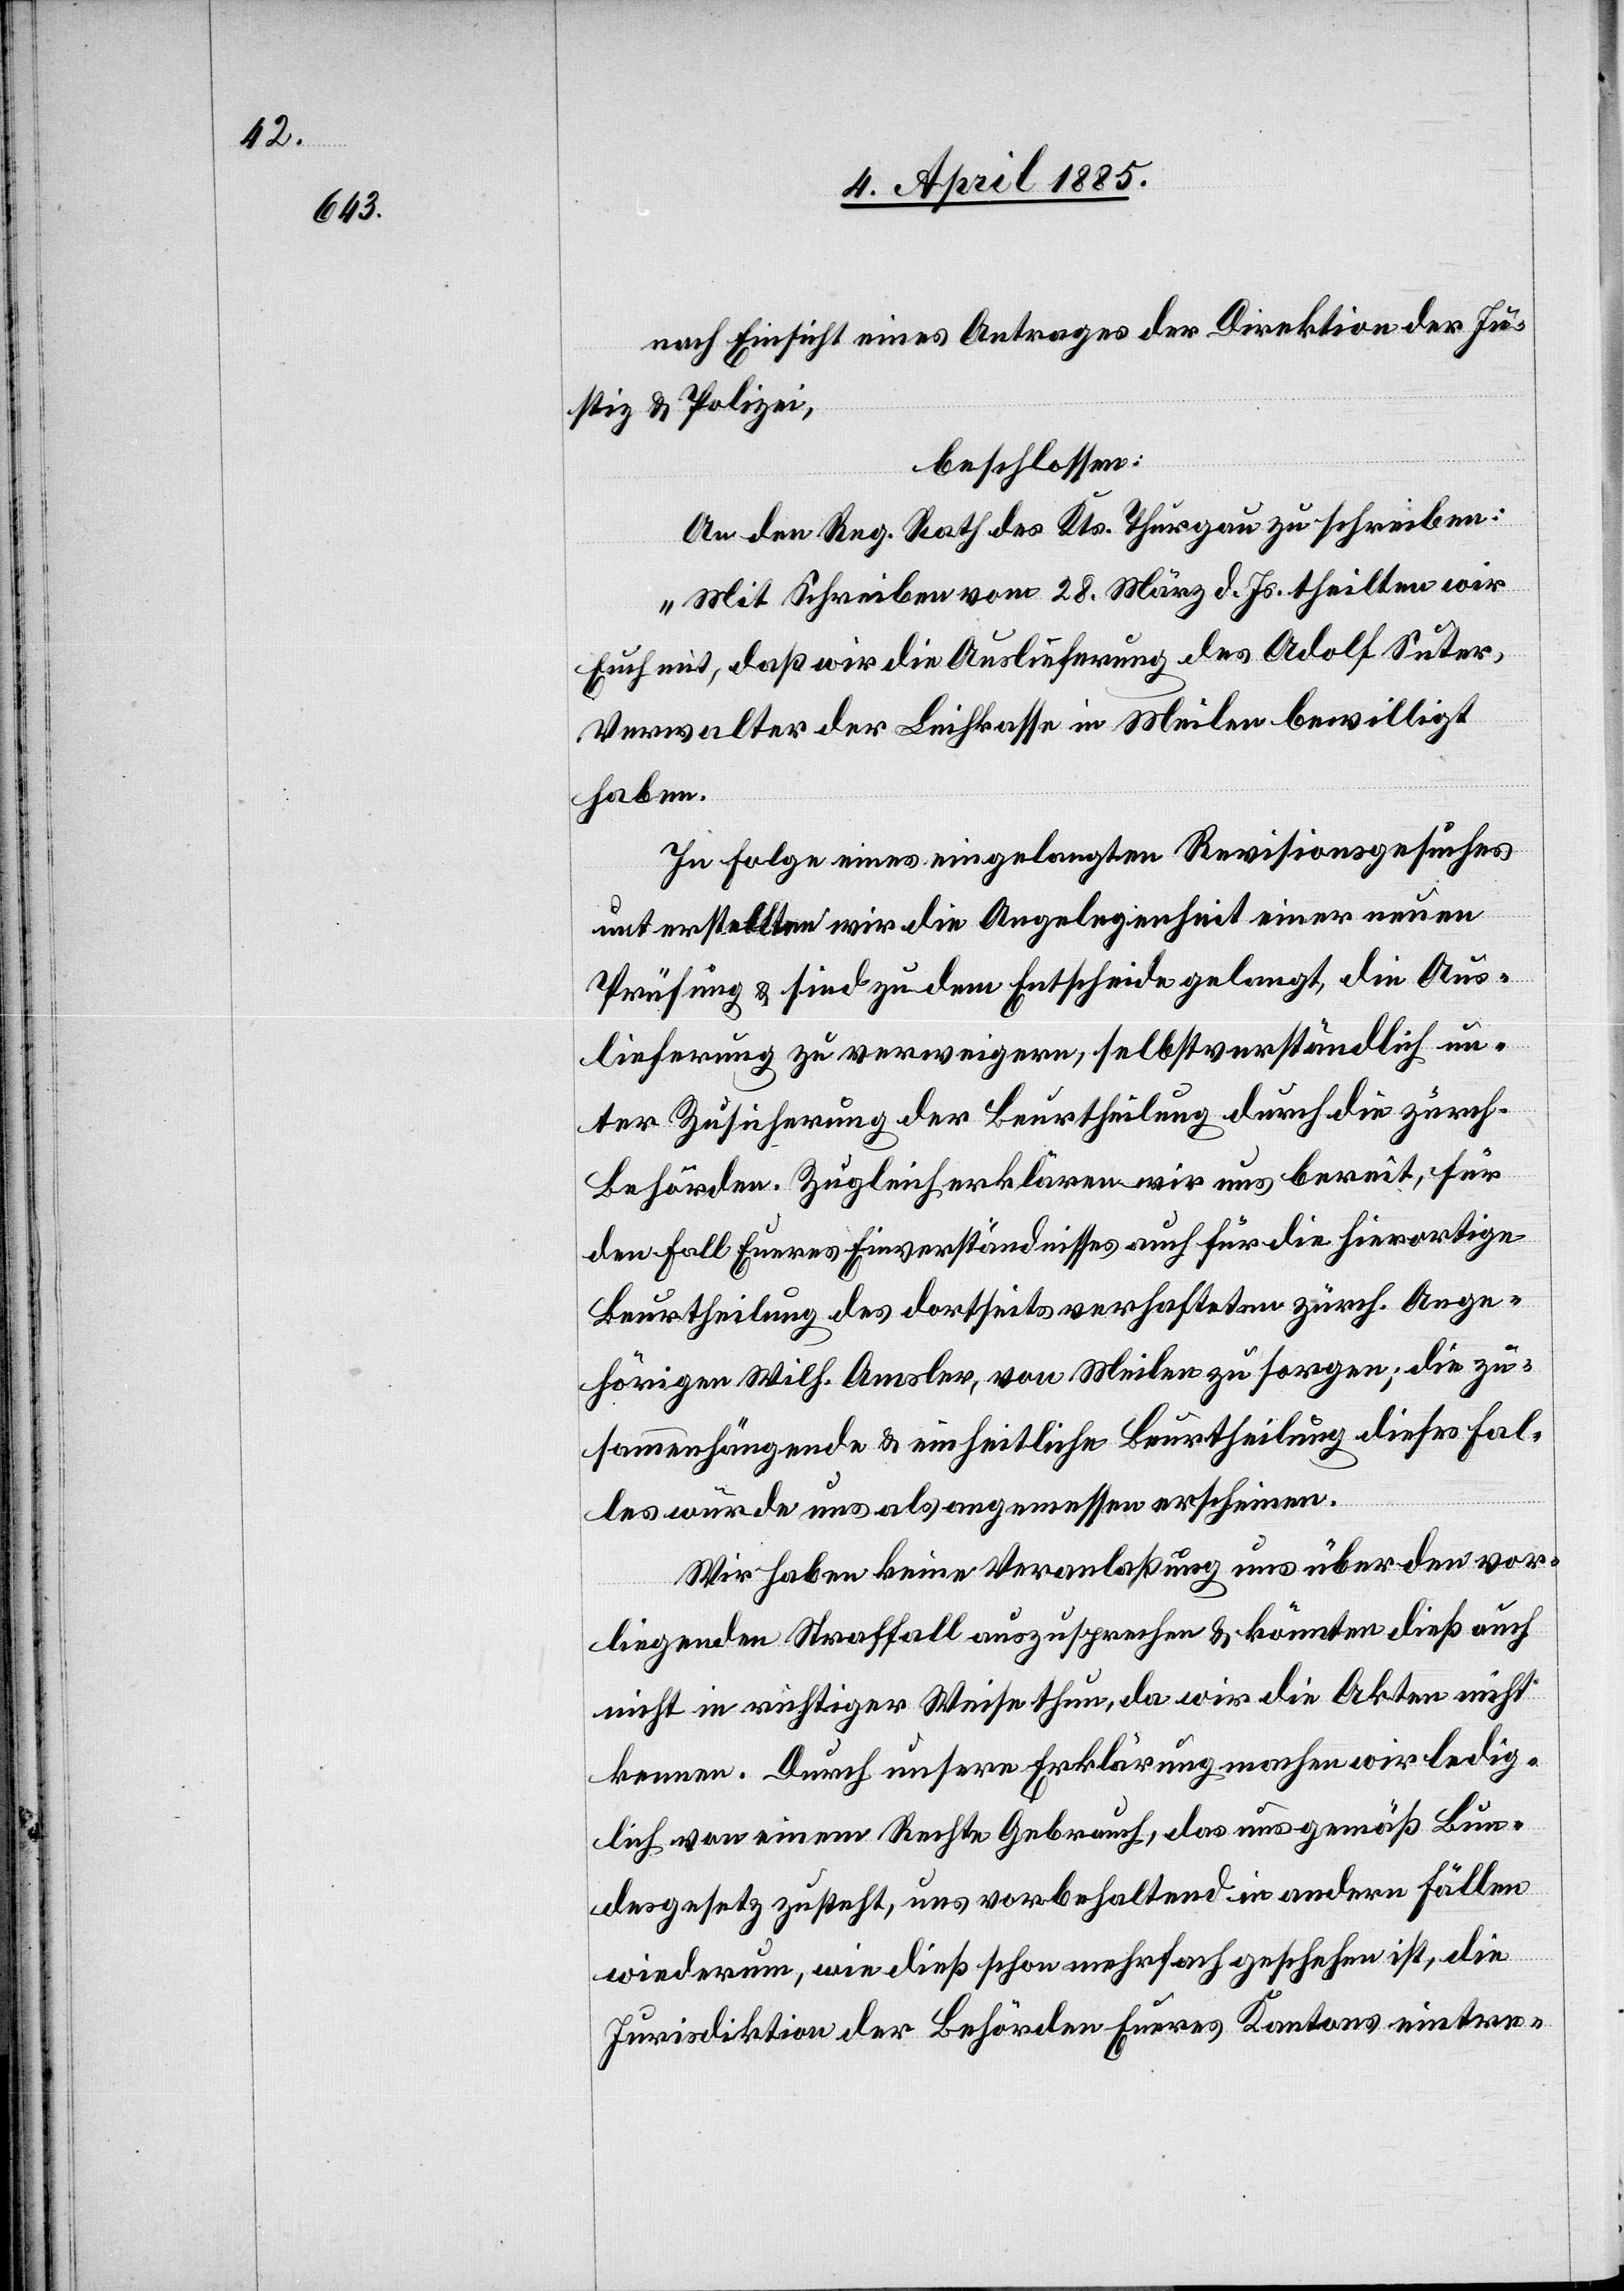
rischen

nach Einsicht eines Antrages der Direktion der Ju¬
stiz & Polizei,
beschlossen:
An den Reg. Rath des Kts. Thurgau zu schreiben:
„Mit Schreiben vom 28. März d. Js. theilten wir
Euch mit, daß wir die Auslieferung des Adolf Suter,
Verwalter der Leihkasse in Meilen bewilligt
haben.
In Folge eines eingelegten Revisionsgesuches
unterstellten wir die Angelegenheit einer neuen
Prüfung & sind zu dem Entscheide gelangt, die Aus¬
lieferung zu verweigern, selbstverständlich un¬
ter Zusicherung der Beurtheilung durch die zürche¬
Behörden. Zugleich erklären wir uns bereit, für
den Fall Eueres Einverständnisses auch für die hierortige
Beurtheilung des dortseits verhafteten zürch. Ange¬
hörigen Wilh. Amsler, von Meilen zu sorgen, die zu¬
sammenhängende & einheitliche Beurtheilung dieses Fal¬
les würde uns als angemessen erscheinen.
Wir haben keine Veranlaßung uns über den vor¬
liegenden Straffall auszusprechen & könnten dieß auch
nicht in richtiger Weise thun, da wir die Akten nicht
kennen. Durch unsere Erklärung machen wir ledig¬
lich von einem Rechte Gebrauch, das uns gemäß Bun¬
desgesetz zusteht, uns vorbehaltend in andern Fällen
wiederum, wie dieß schon mehrfach geschehen ist, die
Jurisdiktion der Behörden Eueres Kantons eintre-